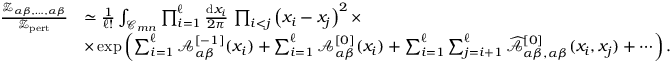
\begin{array} { r l } { \frac { { \mathscr Z } _ { \alpha \beta , \ldots , \alpha \beta } } { { \mathscr Z } _ { \mathrm { p e r t } } } } & { \simeq \frac { 1 } { \ell ! } \int _ { { \mathcal C } _ { m n } } \prod _ { i = 1 } ^ { \ell } \frac { \mathrm { d } x _ { i } } { 2 \pi } \, \prod _ { i < j } \left( x _ { i } - x _ { j } \right) ^ { 2 } \times } \\ & { \times \exp \left( \sum _ { i = 1 } ^ { \ell } { \mathcal A } _ { \alpha \beta } ^ { [ - 1 ] } ( x _ { i } ) + \sum _ { i = 1 } ^ { \ell } { \mathcal A } _ { \alpha \beta } ^ { [ 0 ] } ( x _ { i } ) + \sum _ { i = 1 } ^ { \ell } \sum _ { j = i + 1 } ^ { \ell } \widehat { { \mathcal A } } _ { \alpha \beta , \alpha \beta } ^ { [ 0 ] } ( x _ { i } , x _ { j } ) + \cdots \right) . } \end{array}